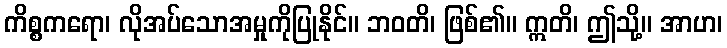
ကိစ္စကရော၊ လိုအပ်သောအမှုကိုပြုနိုင်။ ဘဝတိ၊ ဖြစ်၏။ ဣတိ၊ ဤသို့။ အာဟ၊